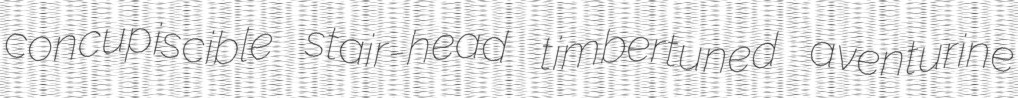
concupiscible stair-head timbertuned aventurine